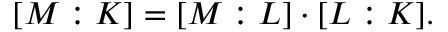
[ M : K ] = [ M : L ] \cdot [ L : K ] .